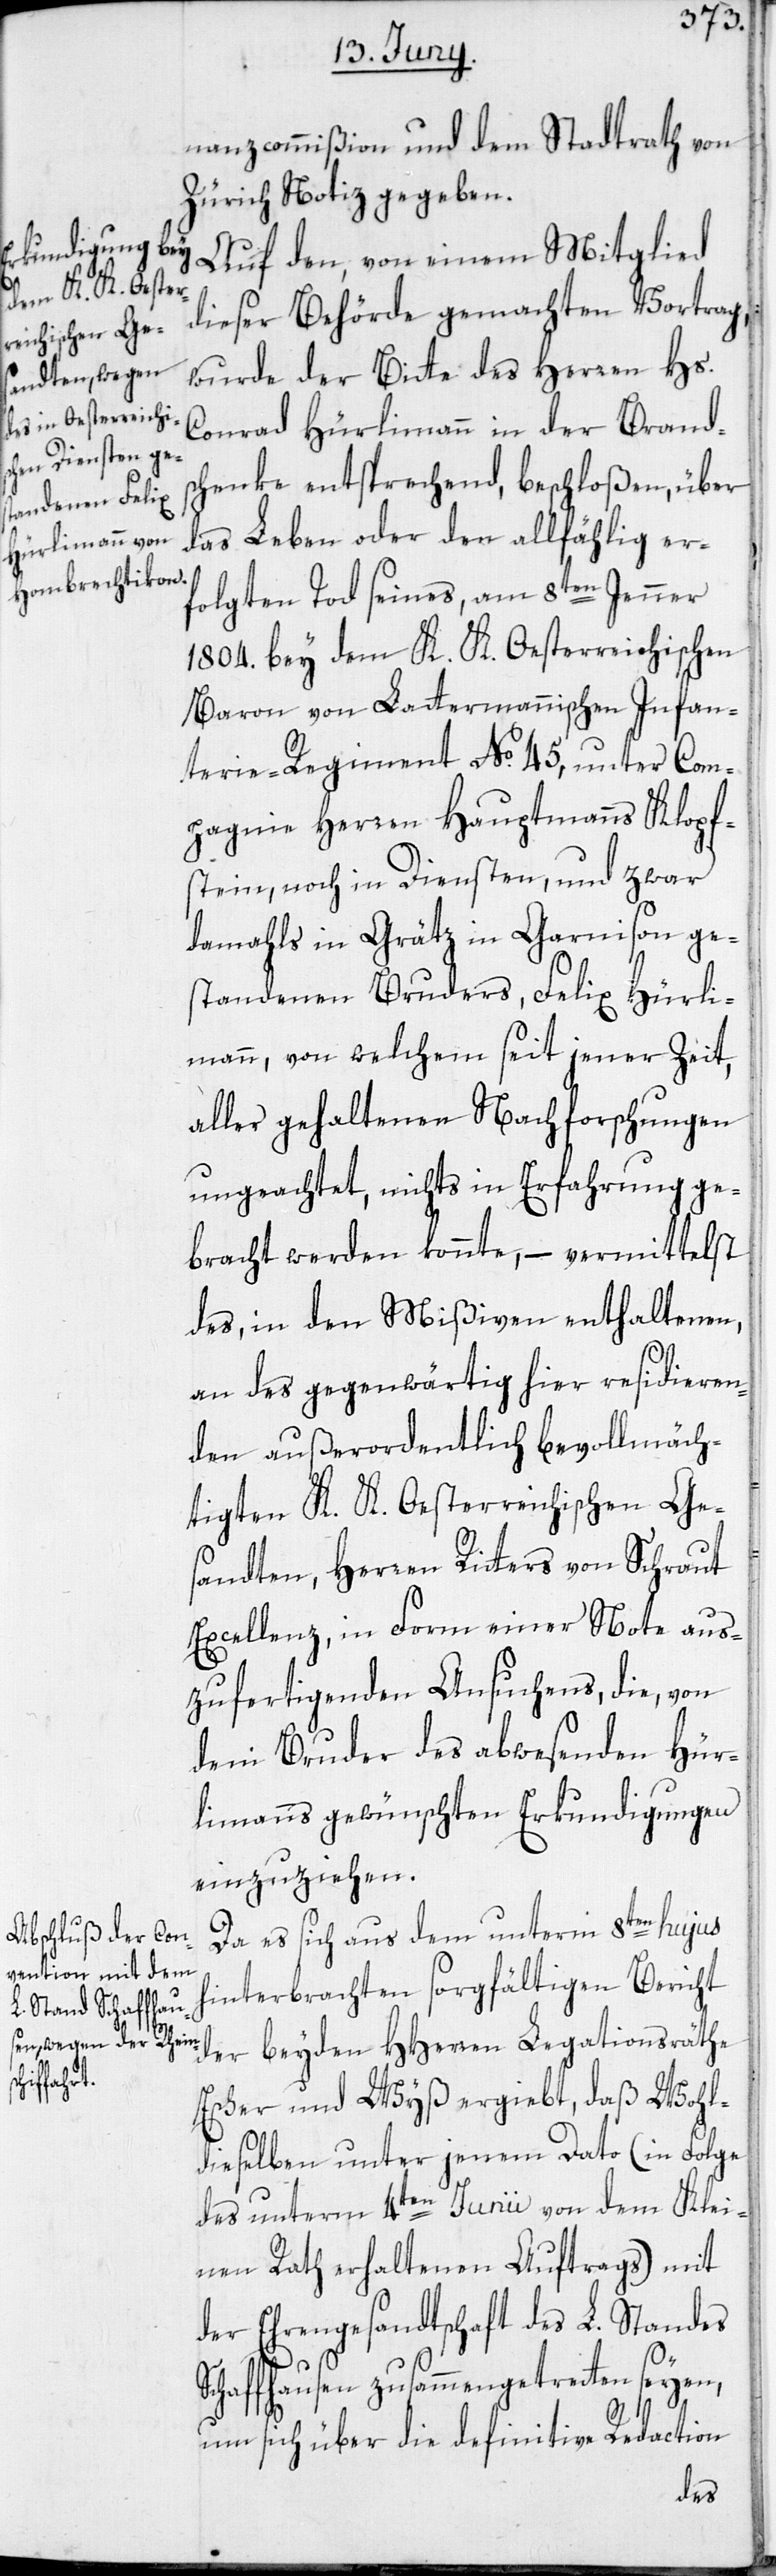
nanzcommißion und dem Stadtrath von
Zürich Notiz gegeben.
Auf den, von einem Mitglied
dieser Behörde gemachten Vortrag,
wurde der Bitte des Herren Hs.
Conrad Hürlimann in der Brands¬
chenke entsprechend, beschloßen, über
das Leben oder den allfählig er¬
folgten Tod seines, am 8ten Jenner
1804. bey dem K. K. Oesterreichischen
Baron von Lattermannischen Infan¬
terie-Regiment No 45, unter Com¬
pagnie Herren Hauptmanns Klopf¬
stein, noch in Diensten, und zwar
damahls in Grätz in Garnison ge¬
standenen Bruders, Felix Hürli¬
mann, von welchem seit jener Zeit,
aller gehaltenen Nachforschungen
ungeachtet, nichts in Erfahrung ge¬
bracht werden konnte, – vermittelst
des, in den Mißiven enthaltenen,
an des gegenwärtig hier residieren¬
den außerordentlich bevollmäch¬
tigten K. K. Oesterreichischen Ge¬
sandten, Herren Ritters von Schraut
Excellenz, in Form einer Note aus¬
zufertigenden Ansuchens, die, von
dem Bruder des abwesenden Hür¬
limanns gewünschten Erkundigungen
einzuziehen.
Da es sich aus dem unterm 8ten hujus
hinterbrachten sorgfältigen Bericht
der beyden HHerren Legationsräthe
Escher und Wyß ergiebt, daß Wohl¬
dieselben unter jenem Dato (in Folge
des unterm 4ten Junii von dem Klei¬
nen Rath erhaltenen Auftrags) mit
der Ehrengesandtschaft des L. Standes
chaffhausen zusammengetretten
S¬
um sich über die definitive Redaction